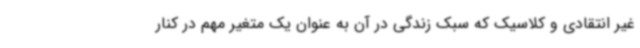
غیر انتقادی و کلاسیک که سبک زندگی در آن به عنوان یک متغیر مهم در کنار